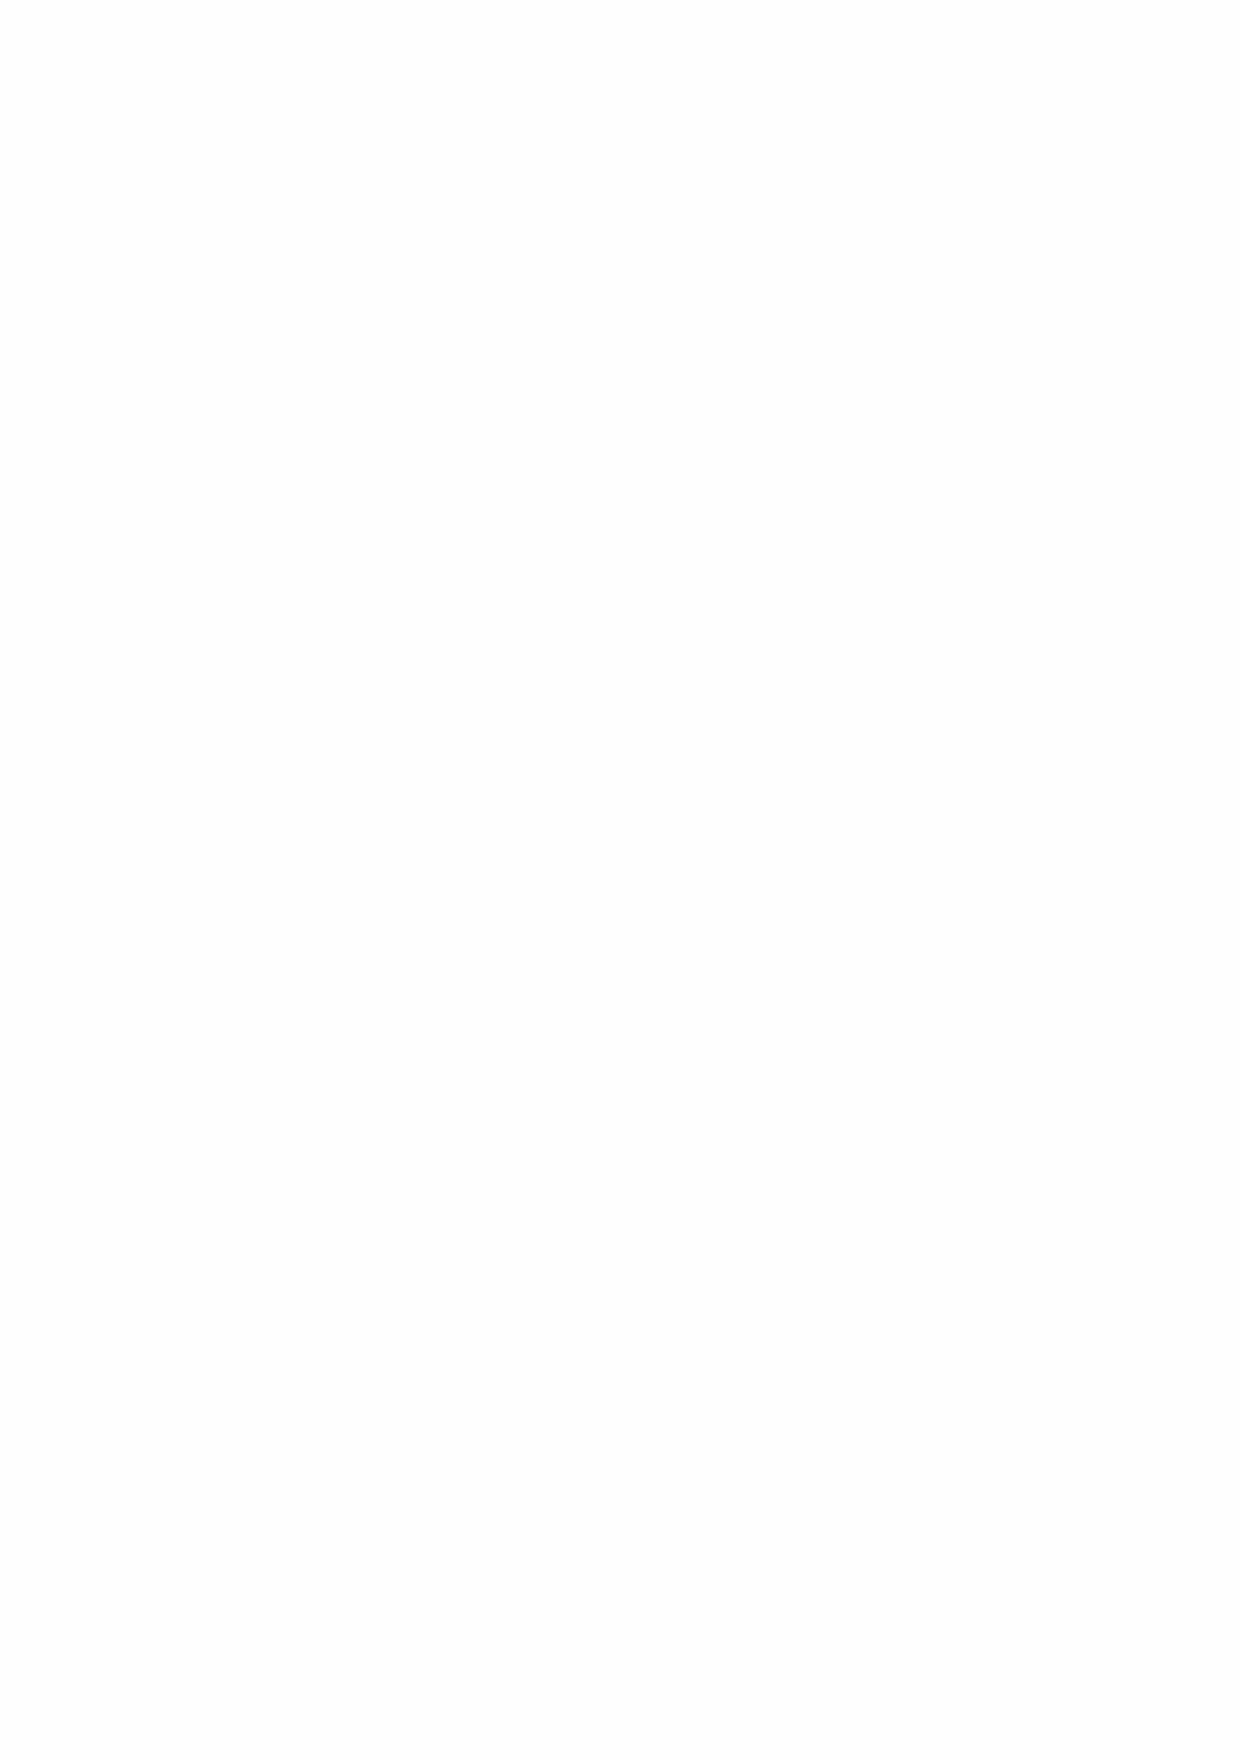
نآرقلا في لكشلما دوجو  نم  ةمكلحا
 هررحو  هبتك
 ييموشلا   دممح  نب دحمأ
 ةرونلما ةنيدلمبا ةيملاسلإا ةعمالجبا نآرقلا مولعو يرسفتلا مسقب ةاروتكدلا ةلحربم ثحابلا